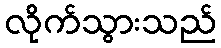
လိုက်သွားသည်